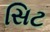
સિટ